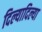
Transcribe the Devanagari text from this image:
दिल्यादिल्या